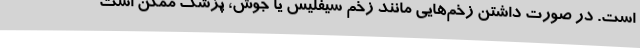
است. در صورت داشتن زخم‌هایی مانند زخم سیفلیس یا جوش، پزشک ممکن است